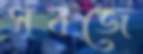
সবজে